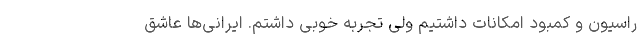
راسیون و کمبود امکانات داشتیم ولی تجربه خوبی داشتم. ایرانی‌ها عاشق